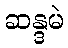
ဆန္ဒမဲ